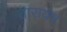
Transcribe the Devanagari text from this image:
तारायंत्र